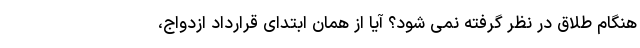
هنگام طلاق در نظر گرفته نمی شود؟ آیا از همان ابتدای قرارداد ازدواج،